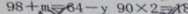
9 8 + m = 6 4 - y 9 0 \times 2 = 1 8